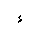
Letter: _hamza